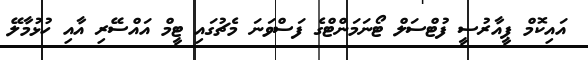
އައިކޮމް ޕީއާރުސީ ފުޓްސަލް ޓޯނަމަންޓްގެ ފަސްވަނަ މެޗުގައި ޓީމް އައްސޭރި އާއި ހުޅުމާލޭ